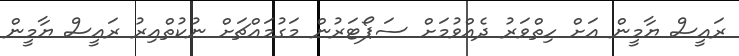
ރައީސް ޔާމީން އަށް ހިތްވަރު ދެއްވުމަށް ސަޕޯޓަރުން މަގުމައްޗަށް ނުކުތްއިރު ރައީސް ޔާމީން